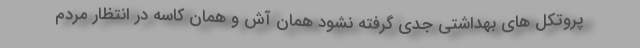
پروتکل های بهداشتی جدی گرفته نشود همان آش و همان کاسه در انتظار مردم